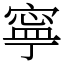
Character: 寧